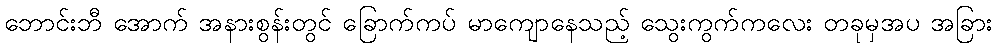
ဘောင်းဘီ အောက် အနားစွန်းတွင် ခြောက်ကပ် မာကျောနေသည့် သွေးကွက်ကလေး တခုမှအပ အခြား